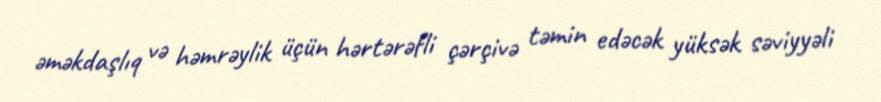
əməkdaşlıq və həmrəylik üçün hərtərəfli çərçivə təmin edəcək yüksək səviyyəli